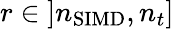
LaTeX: r\in\left]n_{\mathrm{SIMD}},n_{t}\right]